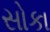
સોકા